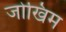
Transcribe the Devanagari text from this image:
जोखिम